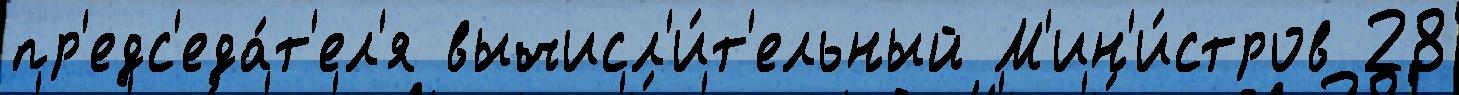
пр'едс'еда́т'ел'я вычисл'и́т'ельный М'ин'и́стров 28